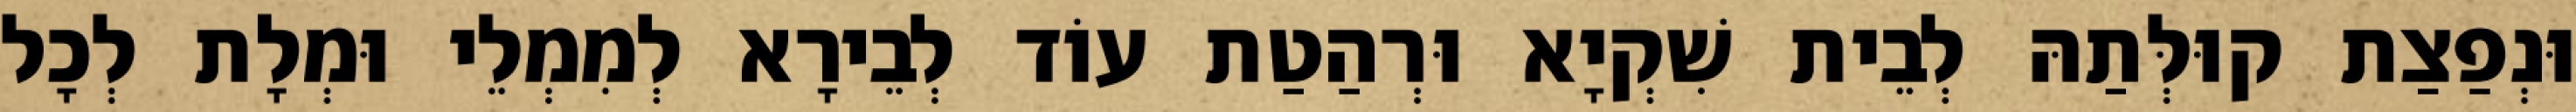
וּנְפַצַת קוּלְּתַהּ לְבֵית שִׁקְיָא וּרְהַטַת עוֹד לְבֵירָא לְמִמְלֵי וּמְלָת לְכָל